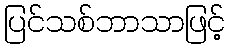
ပြင်သစ်ဘာသာဖြင့်